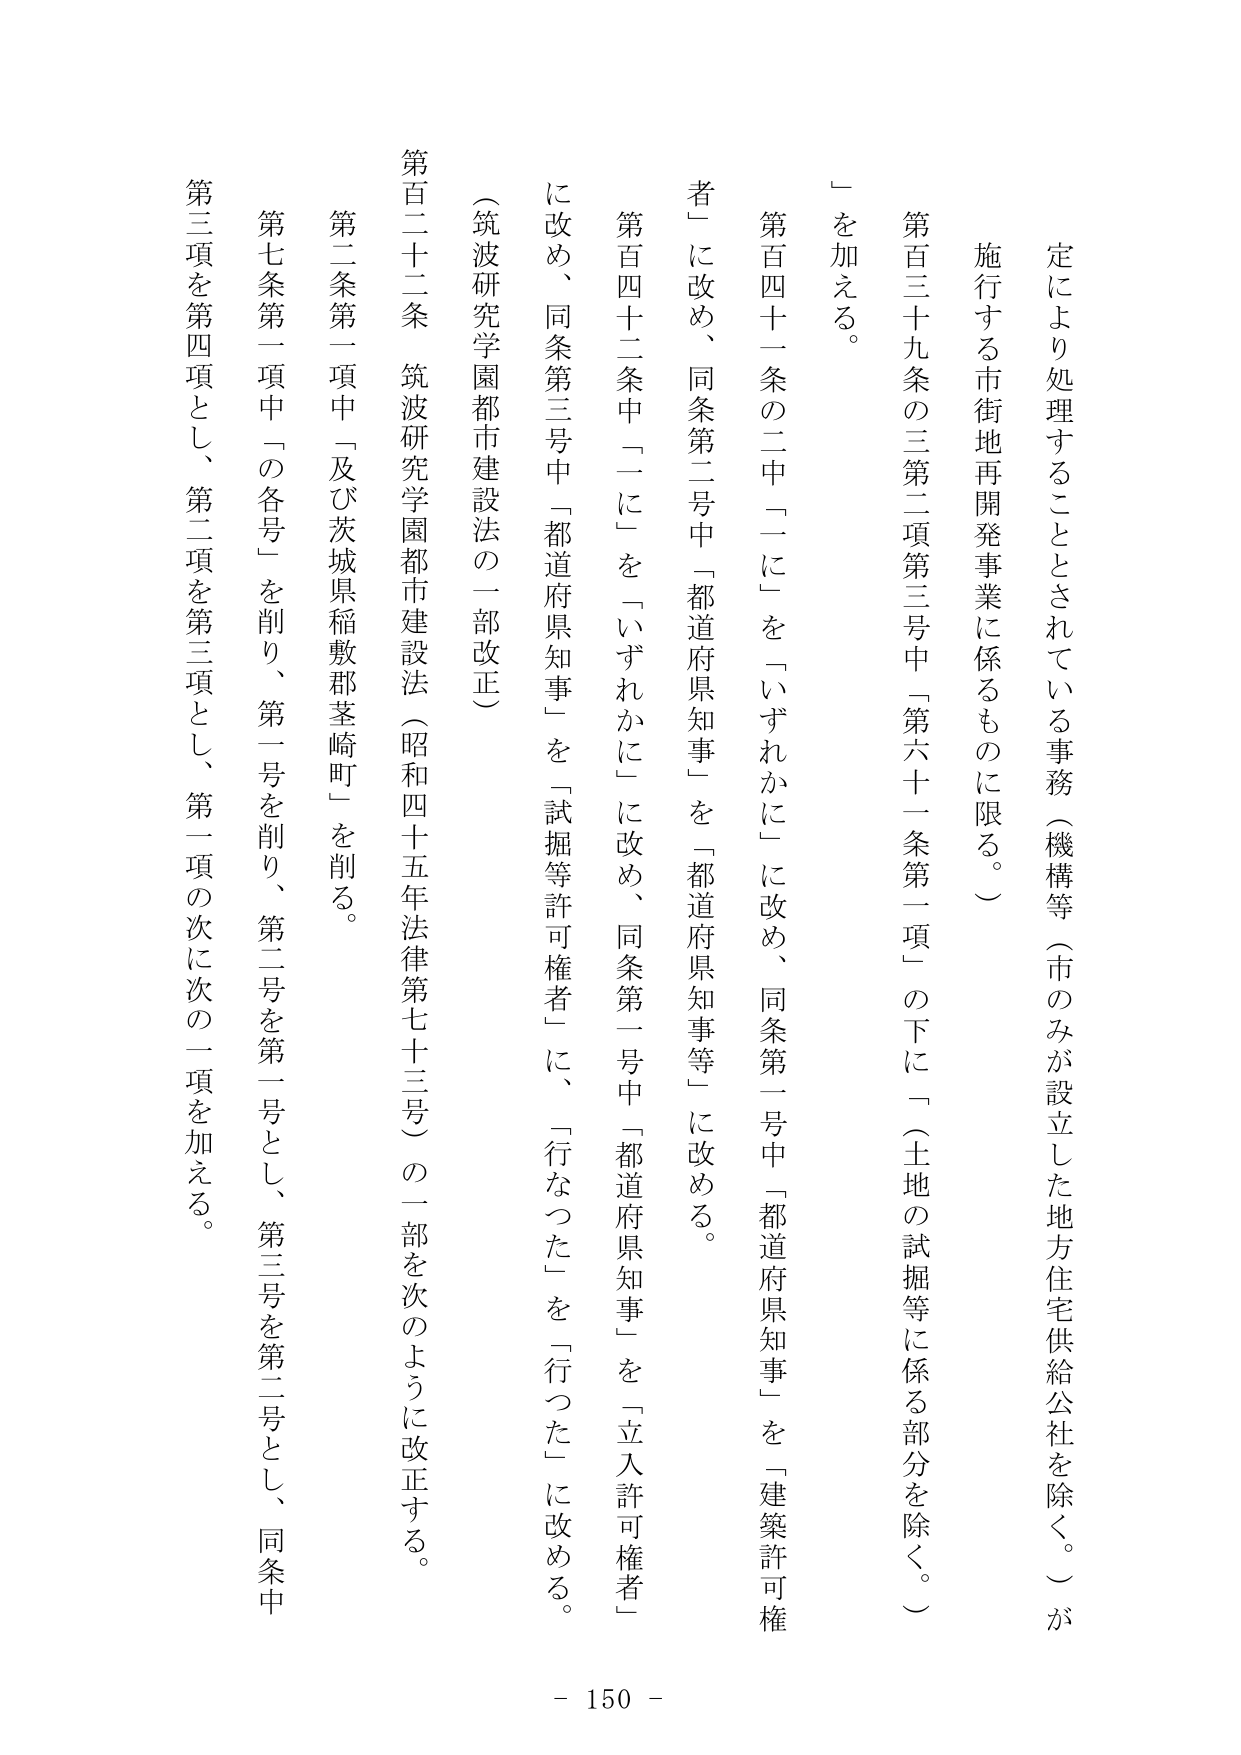
定により処理することとされている事務（機構等（市のみが設立した地方住宅供給公社を除く。）が施行する市街地再開発事業に係るものに限る。）

第百三十九条の三第二項第三号中「第六十一条第一項」の下に「（土地の試掘等に係る部分を除く。）」を加える。

第百四十一条の二中「一に」を「いずれかに」に改め、同条第一号中「都道府県知事」を「建築許可権者」に改め、同条第二号中「都道府県知事」を「都道府県知事等」に改める。

第百四十二条中「一に」を「いずれかに」に改め、同条第一号中「都道府県知事」を「立入許可権者」に改め、同条第三号中「都道府県知事」を「試掘等許可権者」に、「行なった」を「行った」に改める。

（筑波研究学園都市建設法の一部改正）

第百二十二条　筑波研究学園都市建設法（昭和四十五年法律第七十三号）の一部を次のように改正する。

第二条第一項中「及び茨城県稲敷郡茎崎町」を削る。

第七条第一項中「の各号」を削り、第一号を削り、第二号を第一号とし、第三号を第二号とし、同条中第三項を第四項とし、第二項を第三項とし、第一項の次に次の一項を加える。

- 150 -